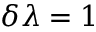
\delta \lambda = 1